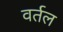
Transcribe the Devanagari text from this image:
वर्तल